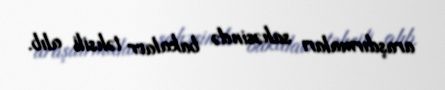
araşdırmaları sahəsində bakalavr təhsili alıb.